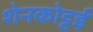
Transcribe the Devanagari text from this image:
शेनकोट्टई